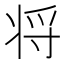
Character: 将